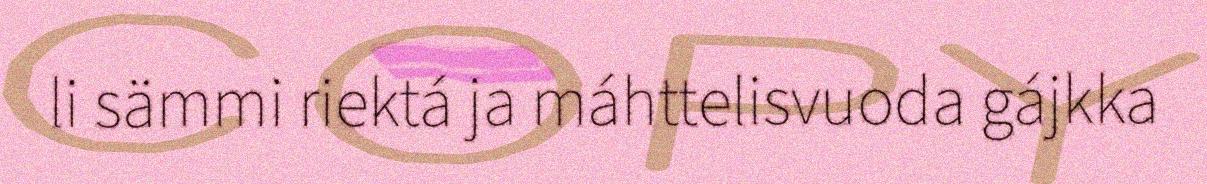
li sämmi riektá ja máhttelisvuoda gájkka